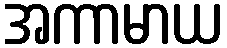
အကာမာယ